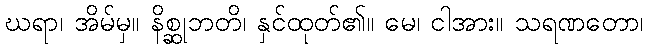
ဃရာ၊ အိမ်မှ။ နိစ္ဆုဘတိ၊ နှင်ထုတ်၏။ မေ၊ ငါအား။ သရဏတော၊